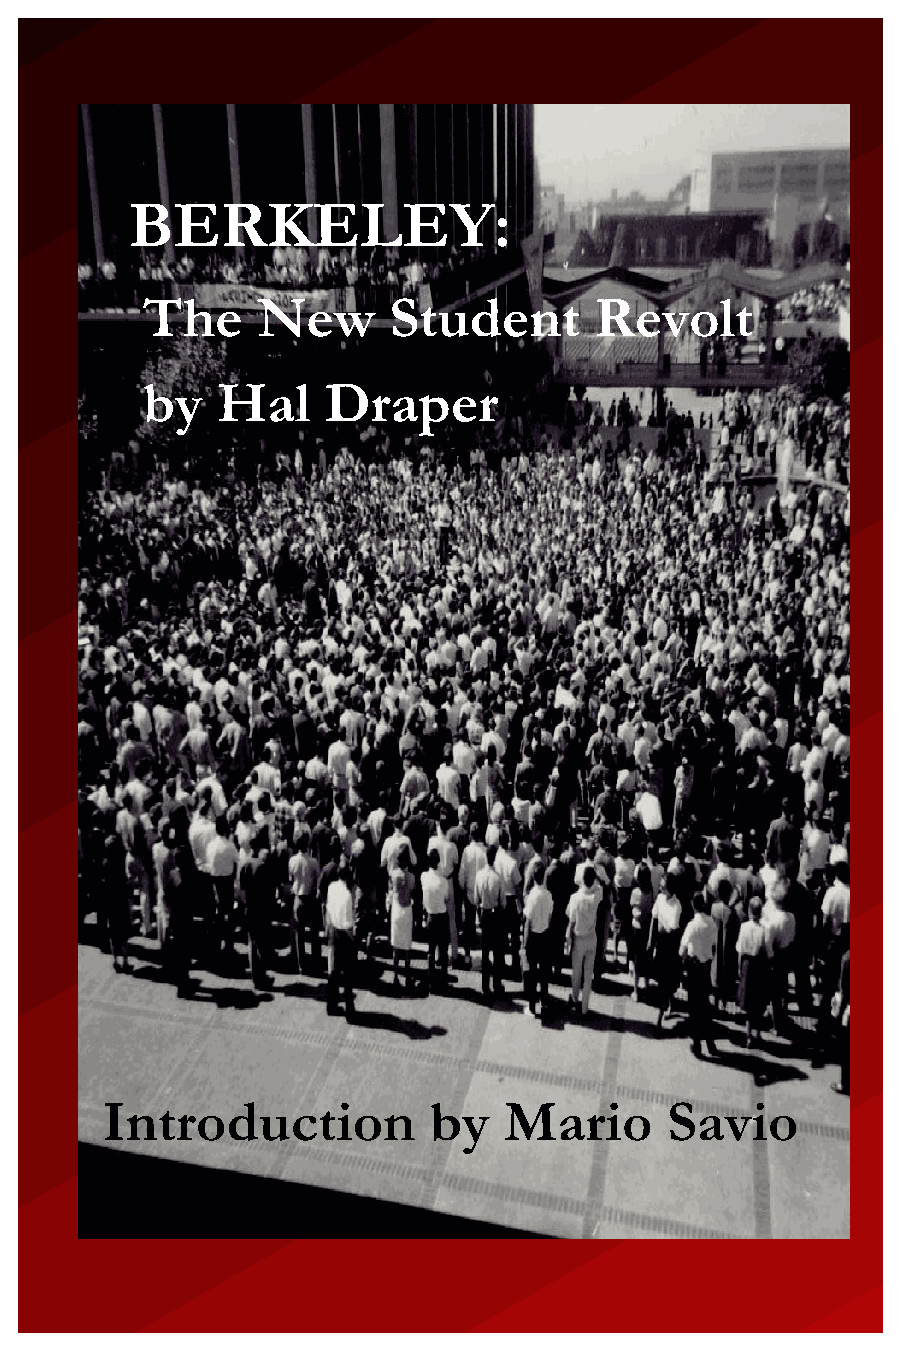
BERKELEY:
 The     New      Student      Revolt
 by   Hal    Draper
 Introduction         by   Mario      Savio